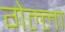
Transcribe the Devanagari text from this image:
गेल्ला